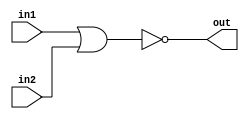
module top_module (
    input in1,
    input in2,
    output out);
    assign out = ~(in1 | in2);
endmodule